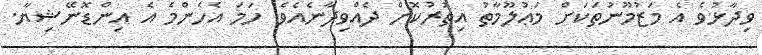
ވިދާޅުވެ އެ މަޒުމޫނުތަކަށް މަޢުލޫމާތު އިތުރުކޮށް ދެއްވިދާނެއެވެ. ހަމަ އެހެންމެ އެ އިންޑޮނޭޝިޔާ.